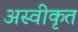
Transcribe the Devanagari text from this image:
अस्‍वीकृत